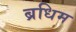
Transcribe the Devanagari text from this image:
ब्रधिम